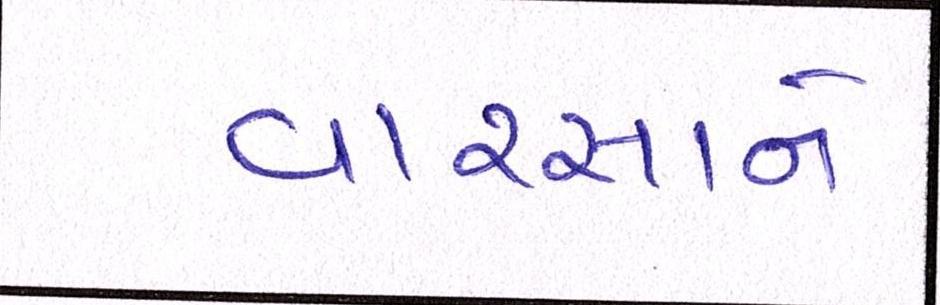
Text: વારસાને